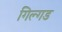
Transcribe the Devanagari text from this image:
गिल्गड